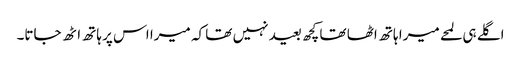
اگلے ہی لمحے میرا ہاتھ اٹھا تھا کچھ بعید نہیں تھا کہ میرا اس پر ہاتھ اٹھ جاتا۔